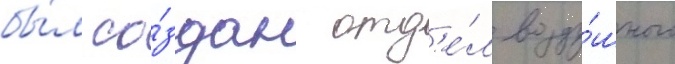
бы́л со́здан отд'е́л возду́шного